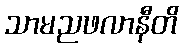
သာမညဖလာနီတိ